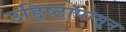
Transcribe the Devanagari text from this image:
उद्दिष्टांपासून